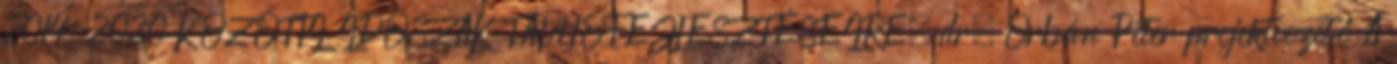
2014-2020 KÖZÖTTI IDŐSZAK TÁVHŐFEJLESZTÉSEIRE. dr. Orbán Péter projektvezető A